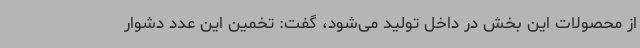
از محصولات این بخش در داخل تولید می‌شود، گفت: تخمین این عدد دشوار